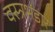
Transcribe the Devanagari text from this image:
वस्त्रभंडार